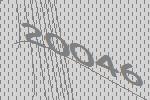
20046